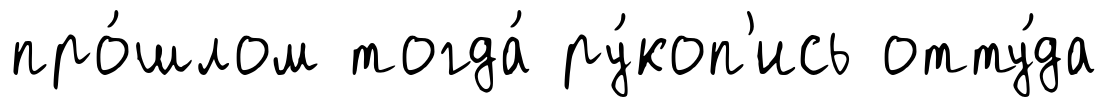
про́шлом тогда́ ру́коп'ись отту́да